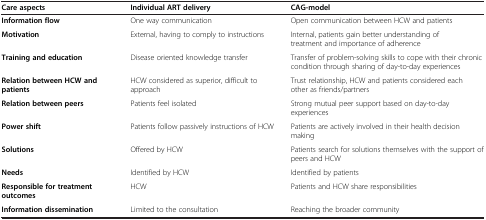
| Care aspects | Individual ART delivery | CAG-model |
 | --- | --- | --- |
 | Information flow | One way communication | Open communication between HCW and patients |
 | Motivation | External, having to comply to instructions | Internal, patients gain better understanding of treatment and importance of adherence |
 | Training and education | Disease oriented knowledge transfer | Transfer of problem-solving skills to cope with their chronic condition through sharing of day-to-day experiences |
 | Relation between HCW and patients | HCW considered as superior, difficult to approach | Trust relationship, HCW and patients considered each other as friends/partners |
 | Relation between peers | Patients feel isolated | Strong mutual peer support based on day-to-day experiences |
 | Power shift | Patients follow passively instructions of HCW | Patients are actively involved in their health decision making |
 | Solutions | Offered by HCW | Patients search for solutions themselves with the support of peers and HCW |
 | Needs | Identified by HCW | Identified by patients |
 | Responsible for treatment outcomes | HCW | Patients and HCW share responsibilities |
 | Information dissemination | Limited to the consultation | Reaching the broader community |